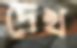
দেখ